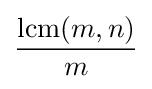
\operatorname {lcm} (m,n) \over m